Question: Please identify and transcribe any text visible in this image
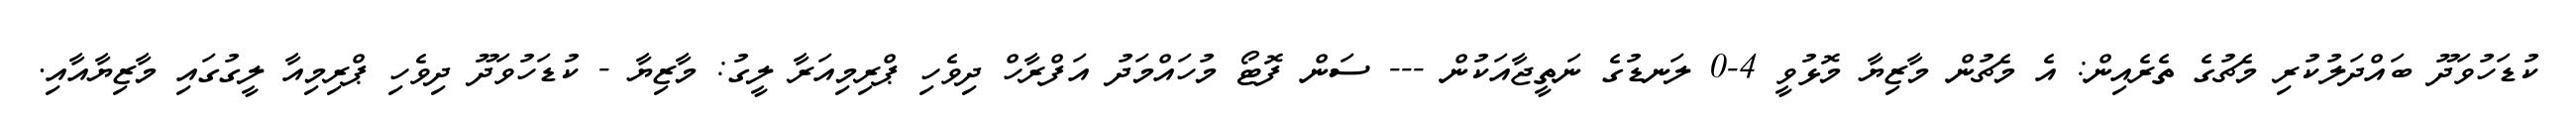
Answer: ކުޑަހުވަދޫ ބައްދަލުކުރި މެޗުގެ ތެރެއިން: އެ މެޗުން މާޒިޔާ މޮޅުވީ 4-0 ލަނޑުގެ ނަތީޖާއަކުން --- ސަން ފޮޓޯ މުހައްމަދު އަފްރާހް ދިވެހި ޕްރިމިއަރާ ލީގު: މާޒިޔާ - ކުޑަހުވަދޫ ދިވެހި ޕްރިމިއާ ލީގުގައި މާޒިޔާއާއި.